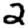
Digit: 2